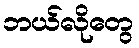
ဘယ်လိုတွေ